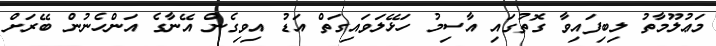
މަޢުލޫމާތު ލިބިފައިވާ ގޮތުގައި އާސިމު ހަޅޭލަވައިގަތް އަޑު އިވިގެން އޭނާގެ އަންހެނުން ބޭރަށް